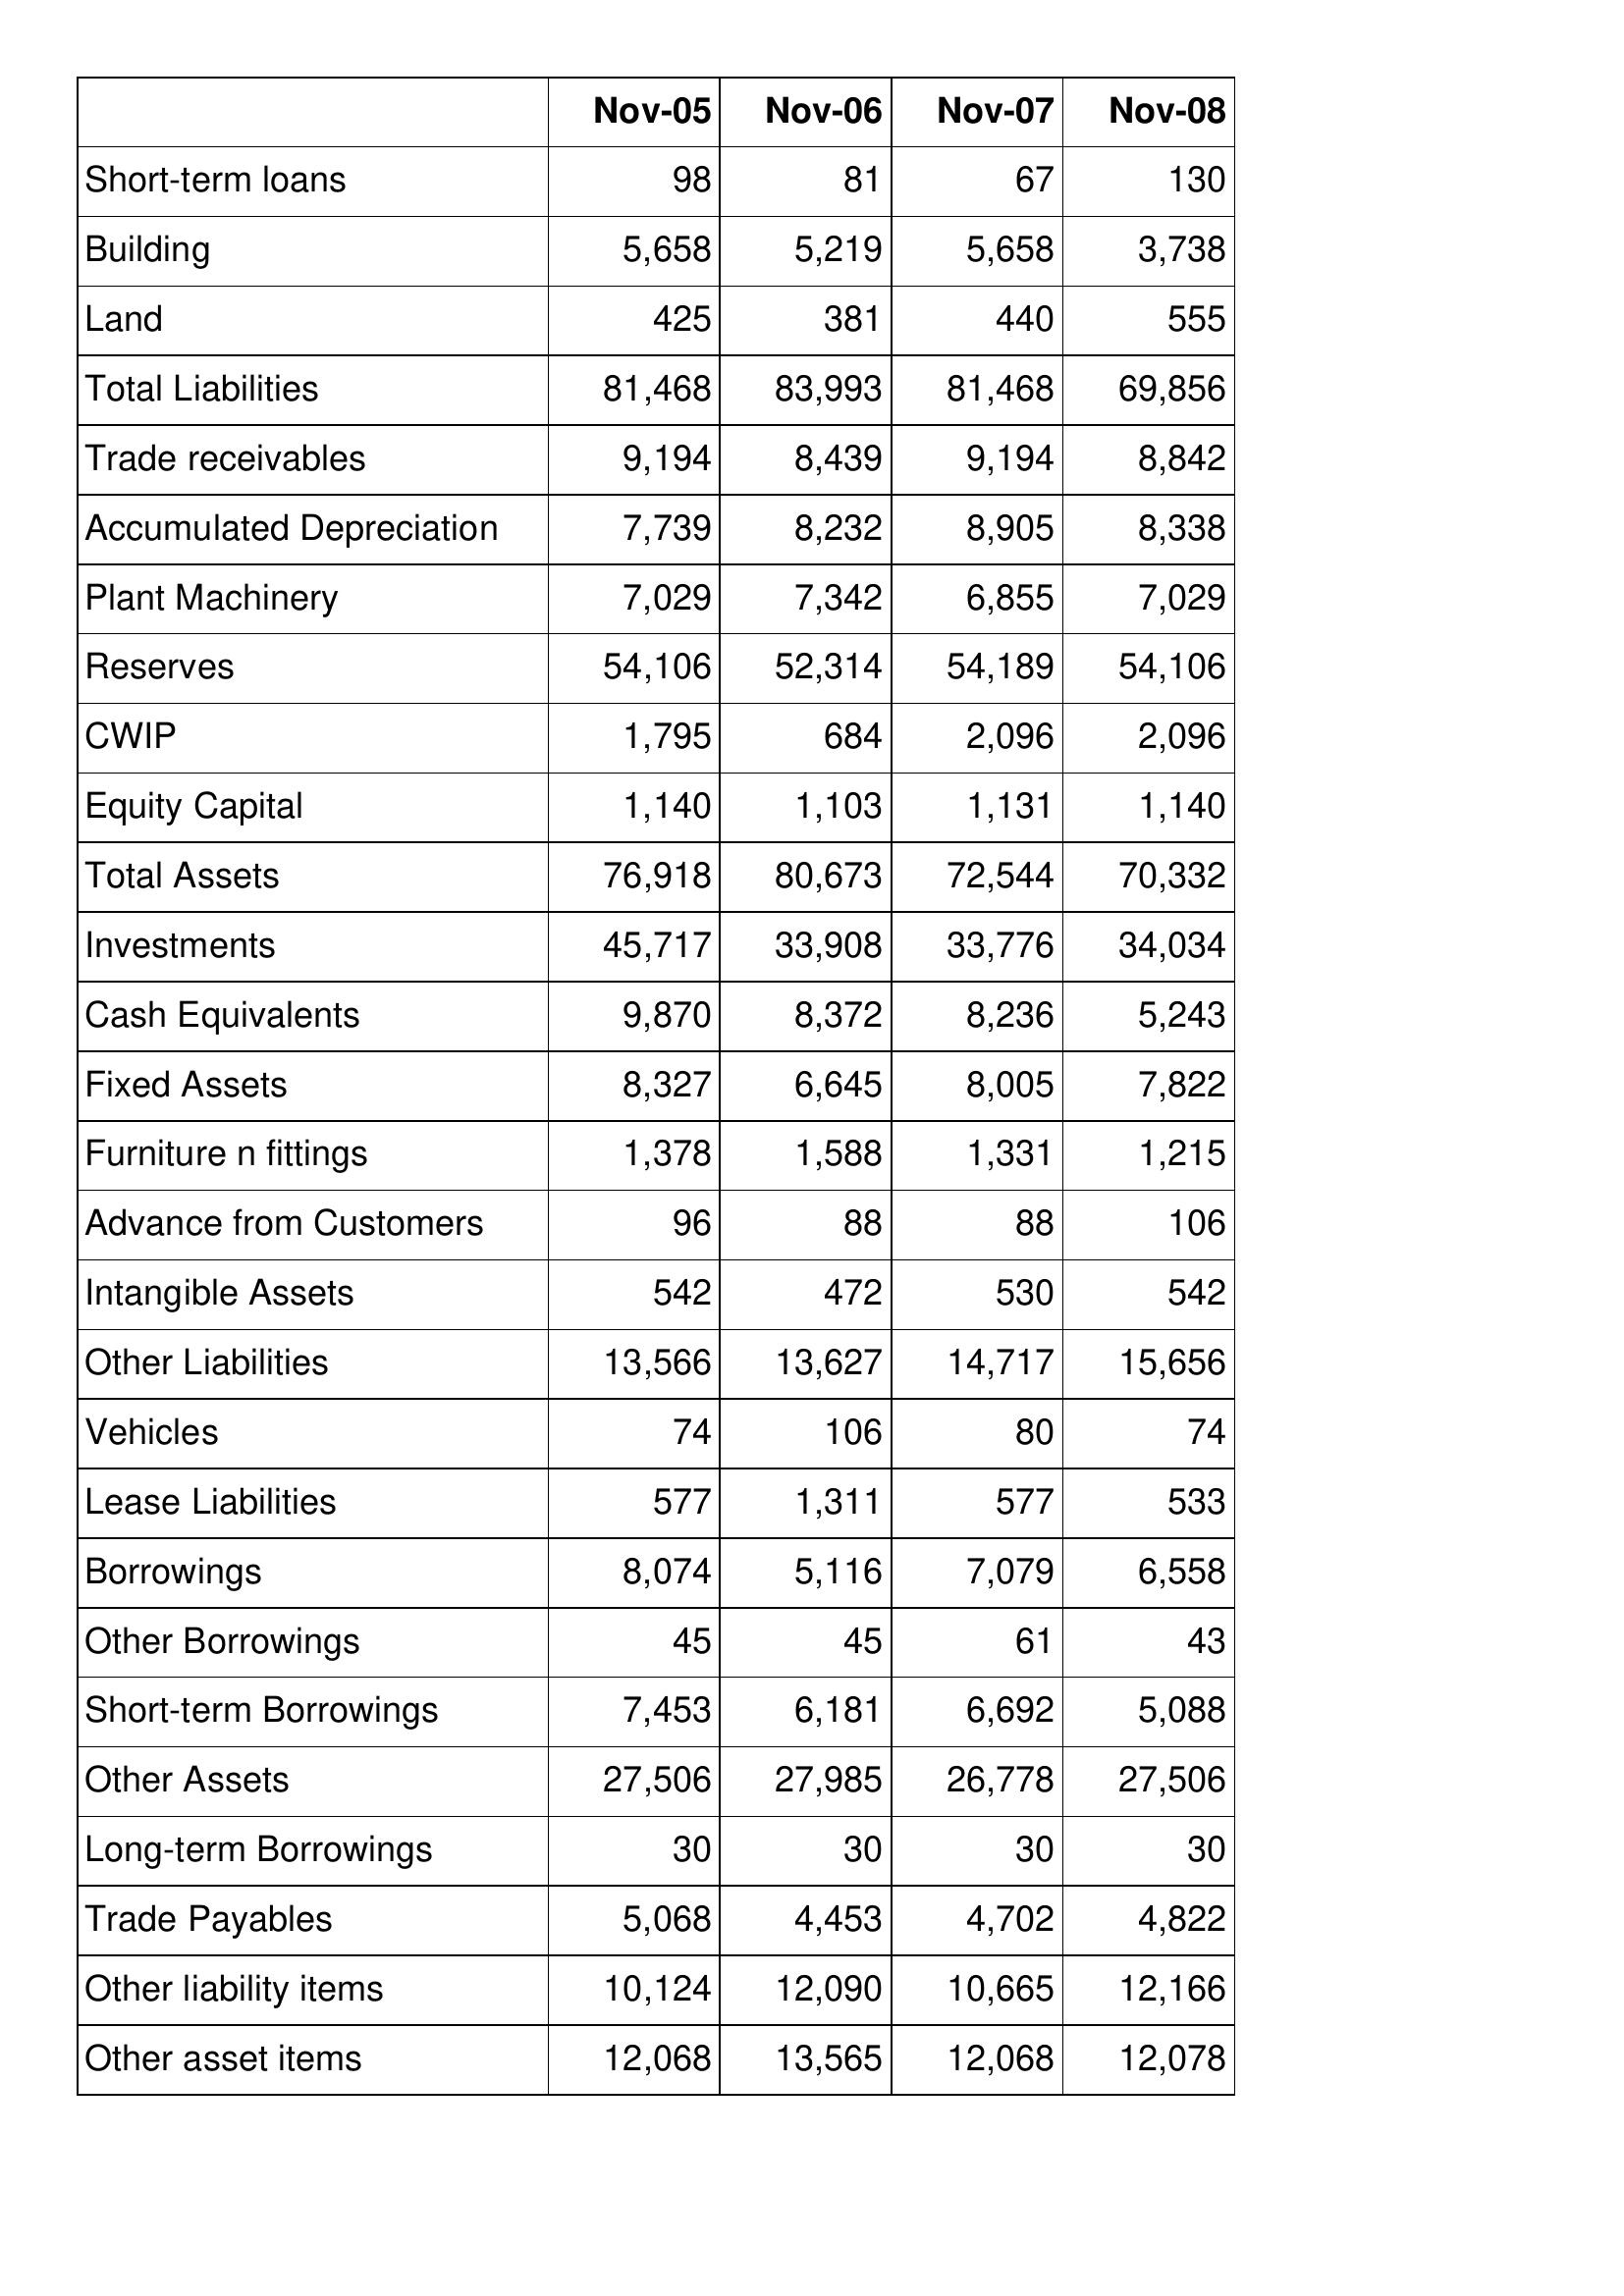
Nov-05: Balance Sheet: Short-term loans: 98
Building: 5,658
Land: 425
Total Liabilities: 81,468
Trade receivables: 9,194
Accumulated Depreciation: 7,739
Plant Machinery: 7,029
Reserves: 54,106
CWIP: 1,795
Equity Capital: 1,140
Total Assets: 76,918
Investments: 45,717
Cash Equivalents: 9,870
Fixed Assets: 8,327
Furniture n fittings: 1,378
Advance from Customers: 96
Intangible Assets: 542
Other Liabilities: 13,566
Vehicles: 74
Lease Liabilities: 577
Borrowings: 8,074
Other Borrowings: 45
Short-term Borrowings: 7,453
Other Assets: 27,506
Long-term Borrowings: 30
Trade Payables: 5,068
Other liability items: 10,124
Other asset items: 12,068
Nov-06: Balance Sheet: Short-term loans: 81
Building: 5,219
Land: 381
Total Liabilities: 83,993
Trade receivables: 8,439
Accumulated Depreciation: 8,232
Plant Machinery: 7,342
Reserves: 52,314
CWIP: 684
Equity Capital: 1,103
Total Assets: 80,673
Investments: 33,908
Cash Equivalents: 8,372
Fixed Assets: 6,645
Furniture n fittings: 1,588
Advance from Customers: 88
Intangible Assets: 472
Other Liabilities: 13,627
Vehicles: 106
Lease Liabilities: 1,311
Borrowings: 5,116
Other Borrowings: 45
Short-term Borrowings: 6,181
Other Assets: 27,985
Long-term Borrowings: 30
Trade Payables: 4,453
Other liability items: 12,090
Other asset items: 13,565
Nov-07: Balance Sheet: Short-term loans: 67
Building: 5,658
Land: 440
Total Liabilities: 81,468
Trade receivables: 9,194
Accumulated Depreciation: 8,905
Plant Machinery: 6,855
Reserves: 54,189
CWIP: 2,096
Equity Capital: 1,131
Total Assets: 72,544
Investments: 33,776
Cash Equivalents: 8,236
Fixed Assets: 8,005
Furniture n fittings: 1,331
Advance from Customers: 88
Intangible Assets: 530
Other Liabilities: 14,717
Vehicles: 80
Lease Liabilities: 577
Borrowings: 7,079
Other Borrowings: 61
Short-term Borrowings: 6,692
Other Assets: 26,778
Long-term Borrowings: 30
Trade Payables: 4,702
Other liability items: 10,665
Other asset items: 12,068
Nov-08: Balance Sheet: Short-term loans: 130
Building: 3,738
Land: 555
Total Liabilities: 69,856
Trade receivables: 8,842
Accumulated Depreciation: 8,338
Plant Machinery: 7,029
Reserves: 54,106
CWIP: 2,096
Equity Capital: 1,140
Total Assets: 70,332
Investments: 34,034
Cash Equivalents: 5,243
Fixed Assets: 7,822
Furniture n fittings: 1,215
Advance from Customers: 106
Intangible Assets: 542
Other Liabilities: 15,656
Vehicles: 74
Lease Liabilities: 533
Borrowings: 6,558
Other Borrowings: 43
Short-term Borrowings: 5,088
Other Assets: 27,506
Long-term Borrowings: 30
Trade Payables: 4,822
Other liability items: 12,166
Other asset items: 12,078